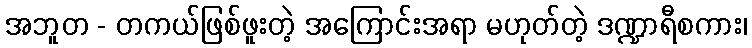
အဘူတ - တကယ်ဖြစ်ဖူးတဲ့ အကြောင်းအရာ မဟုတ်တဲ့ ဒဏ္ဍာရီစကား၊